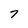
Character: 7